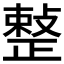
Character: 𢿫